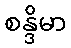
စန္ဒိမာ